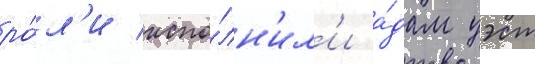
ро́л'и испо́лн'ил'и а́дам уэст